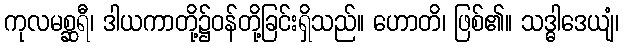
ကုလမစ္ဆရီ၊ ဒါယကာတို့၌ဝန်တို့ခြင်းရှိသည်။ ဟောတိ၊ ဖြစ်၏။ သဒ္ဓါဒေယျံ၊